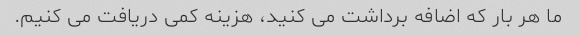
ما هر بار که اضافه برداشت می کنید، هزینه کمی دریافت می کنیم.